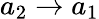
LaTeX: a_{2}\rightarrow a_{1}